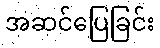
အဆင်ပြေခြင်း